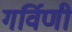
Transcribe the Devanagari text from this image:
गर्विणी